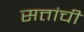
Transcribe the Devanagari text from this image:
सत्तांची